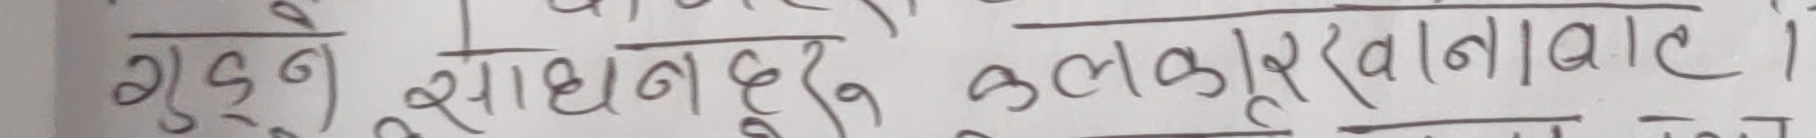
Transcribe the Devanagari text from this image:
गुल्मी, साधनबुदु, कलकूपरखानबट